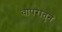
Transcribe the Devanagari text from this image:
वापरातुन